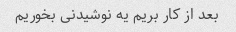
بعد از کار بریم یه نوشیدنی بخوریم